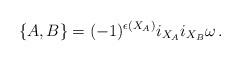
LaTeX: \begin{align*}\{A,B\}=(-1)^{\epsilon(X_A)}i_{X_A}i_{X_B}\omega\,.\end{align*}